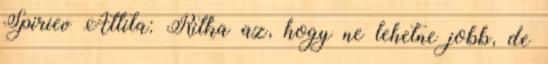
Spiriev Attila: Ritka az, hogy ne lehetne jobb, de